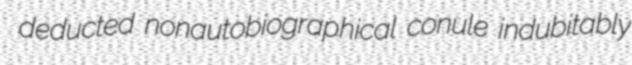
deducted nonautobiographical conule indubitably